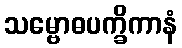
သမ္ဗောဓပက္ခိကာနံ